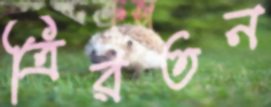
ত্রিরতন